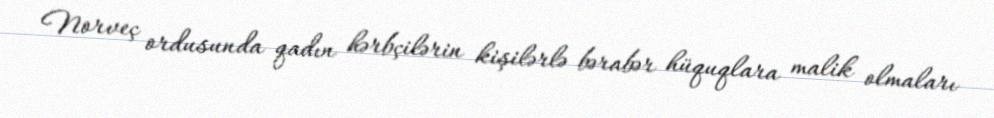
Norveç ordusunda qadın hərbçilərin kişilərlə bərabər hüquqlara malik olmaları